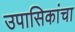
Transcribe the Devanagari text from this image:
उपासिकांचा